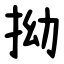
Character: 拗